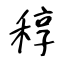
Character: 稕